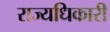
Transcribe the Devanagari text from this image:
राज्यधिकारी